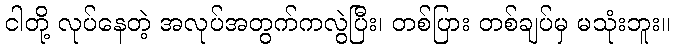
ငါတို့ လုပ်နေတဲ့ အလုပ်အတွက်ကလွဲပြီး၊ တစ်ပြား တစ်ချပ်မှ မသုံးဘူး။